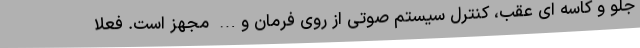
جلو و کاسه ای عقب، کنترل سیستم صوتی از روی فرمان و… مجهز است. فعلاً